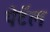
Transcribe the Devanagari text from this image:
पेटॅल